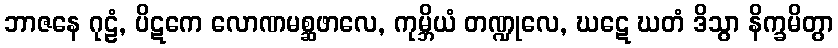
ဘာဇနေ ဂုဠံ, ပိဋကေ လောဏမစ္ဆဖာလေ, ကုမ္ဘိယံ တဏ္ဍုလေ, ဃဋေ ဃတံ ဒိသွာ နိက္ခမိတွာ